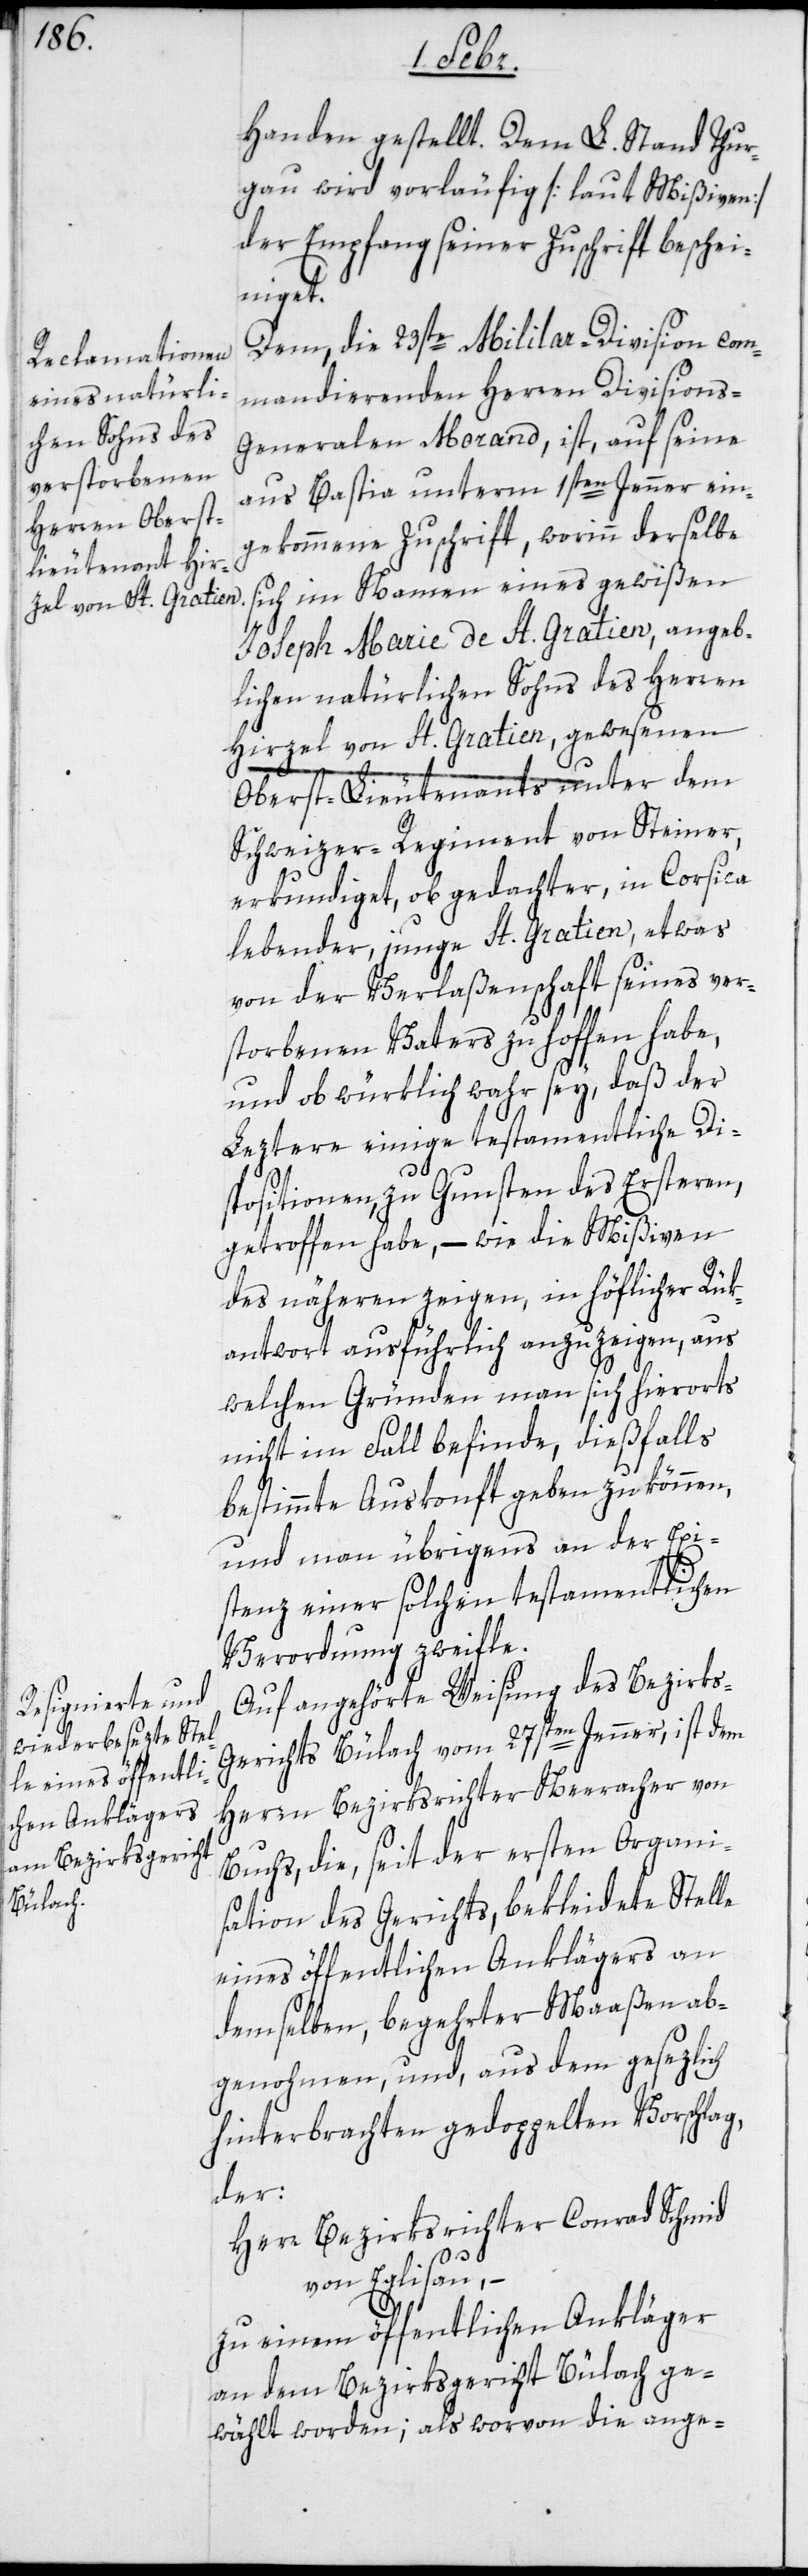
Handen gestellt. Dem L. Stand Thur¬
gau wird vorläufig [laut Mißiven]
der Empfang seiner Zuschrift beschei¬
niget.
Dem, die 23ste Militar-Division com¬
mandierenden Herren Division¬
s-Generalen Morand, ist, auf seine
aus Bastia unterm 1sten Jenner ein¬
gekommene Zuschrift, worinn derselbe
sich im Namen eines gewißen
Joseph Marie de St. Gratien, angeb¬
lichen natürlichen Sohns des Herren
Hirzel von St. Gratien, gewesenen
Oberst-Lieutenants unter dem
Schweizer-Regiment von Steiner,
erkundiget, ob gedachter, in Corsica
lebender, junge St. Gratien, etwas
von der Verlaßenschaft seines ver¬
storbenen Vaters zu hoffen habe,
und ob würklich wahr sey, daß der
Leztere einige testamentliche Di¬
spositionen, zu Gunsten des Ersteren,
getroffen habe, – wie die Mißiven
des näheren zeigen, in höflicher Rük¬
antwort ausführlich anzuzeigen, aus
welchen Gründen man sich hierorts
nicht im Fall befinde, dießfalls
bestimmte Auskonft geben zu können,
und man übrigens an der Exi¬
stenz einer solchen testamentlichen
Verordnung zweifle.
Auf angehörte Weisung des Bezirks-G¬
erichts Bülach vom 27sten Jenner, ist dem
Herrn Bezirksrichter Neeracher von
Buchs, die, seit der ersten Organi¬
sation des Gerichts, bekleidete Stelle
eines öffentlichen Anklägers an
demselben, begehrter Maaßen ab¬
genohmen, und, aus dem gesezlich
hinterbrachten gedoppelten Vorschlag,
der:
Herr Bezirksrichter Conrad Schmid
von Eglisau, –
zu einem öffentlichen Ankläger
an dem Bezirksgericht Bülach ge¬
wählt worden; als worvon die ange-